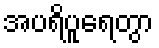
အပရိပူရေတွာ